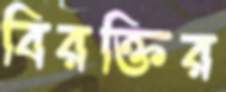
বিরক্তির